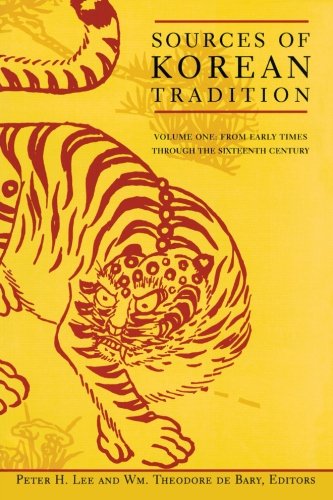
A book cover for Sources of Korean Tradition, Vol. 1: From Early Times Through the 16th Century (Introduction to Asian Civilizations); History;